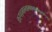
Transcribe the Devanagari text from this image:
करपद्माभ्यामक्षमालाकमण्डलू।